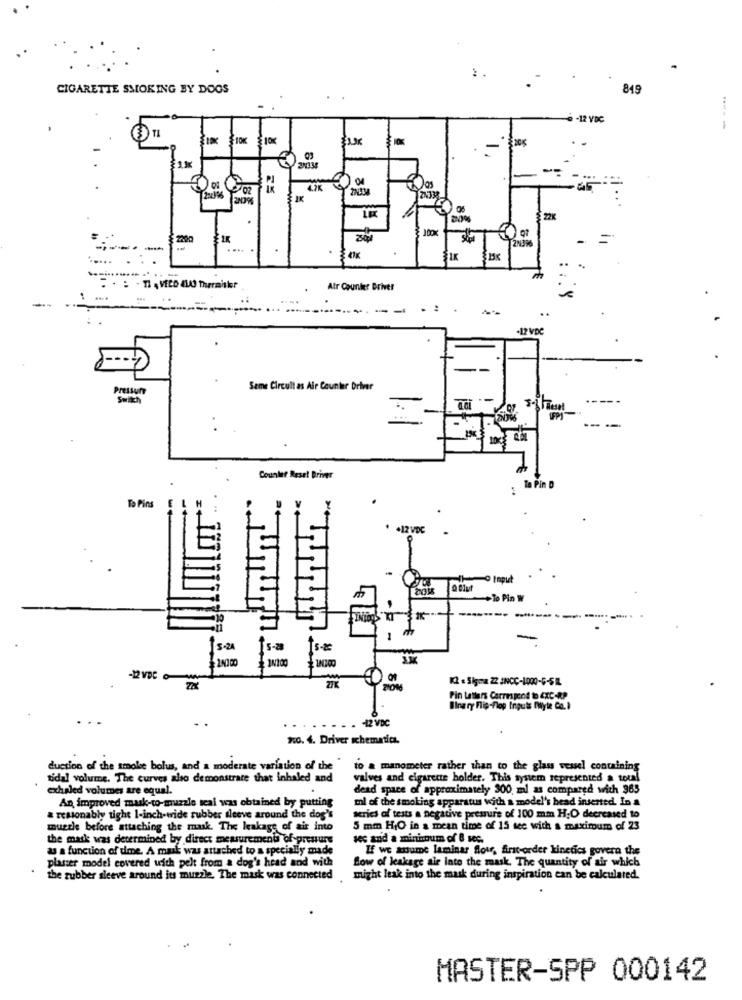
CIGARETTE SMOKING BY DOOS
849
-12 VDC
TI
----
10%
108
4.2K
IK
2N336
IK
- -
. : - TI , VICD 8WAS Theraisker
Atr Counter Driver
...
..
.12 VDC
Pressun
Seme Circul! as Air Counter Drinr
Switch
Counter Reset Driver
To Pin D
:
To Pins
+12 VDC
0 Input
1 200
K2 & Sigma 22 INCC-1000-6-5 1L
Pin Lathers Correspond to EXC-RP
Binary Flip-flop Inguis DWyle Co.I
-12 VDC
2:0. 4. Driver schematics.
duction of the smoke bolus, and a moderate variation of the
to a manometer rather than to the glass vessel containing
tidal volume. The curves also demonstrate that inhaled and
valves and cigarette holder. This system represented a toul
exhaled volumes are equal.
dead space of approximately 300 ml as compared with 965
An improved mask-to-muzzle seal was obtained by putting
ml of the smoking apparatus with a model's head inserted. In a
& resionably tight 1-inch-wide rubber sleeve around the dog's
series of tests a negative pressure of 100 mm H.O decreased to
muzzle before attaching the mask. The leakage of air into
5 mm HIO in a mean time of 15 sec with a maximum of 23
the mask was determined by direct measurement of pressure
les and a minimum of 8 sec.
as a function of time. A mask was attached to a specially made
If we assume laminar flow, first-order kinetics govera the
plasser model covered with pelt from a dog's head and with
Low of leakage ale late the mask. The quantity of air which
the rubber sleeve around its muzzle. The mask was connected
might leak into the mask during inspiration can be calculated.
MASTER-SPP 000142